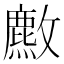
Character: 𫿡